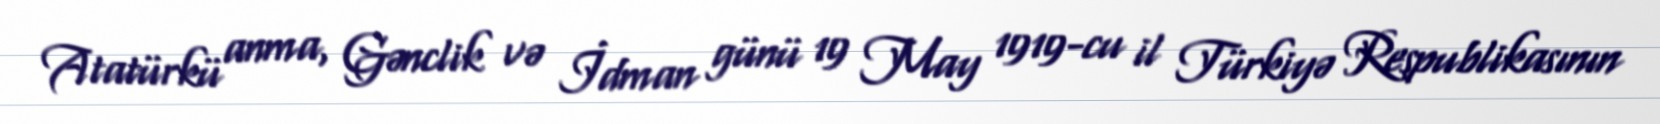
Atatürkü anma, Gənclik və İdman günü 19 May 1919-cu il Türkiyə Respublikasının